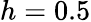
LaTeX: h=0.5